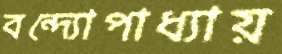
বন্দ্যোপাধ্যায়